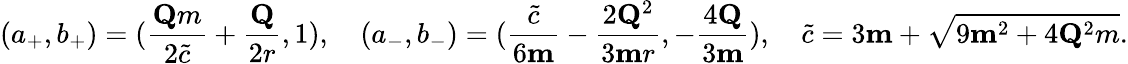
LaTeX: (a_{+},b_{+})=(\frac{\mathbf{Q}m}{2\tilde{c}}+\frac{\mathbf{Q}}{2r},1),\quad(a_{-},b_{-})=(\frac{\tilde{c}}{6\mathbf{m}}-\frac{2\mathbf{Q}^{2}}{3\mathbf{m}r},-\frac{4\mathbf{Q}}{3\mathbf{m}}),\quad\tilde{c}=3\mathbf{m}+\sqrt{9\mathbf{m}^{2}+4\mathbf{Q}^{2}m}.